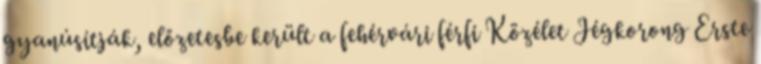
gyanúsítják, előzetesbe került a fehérvári férfi Közélet Jégkorong Erste